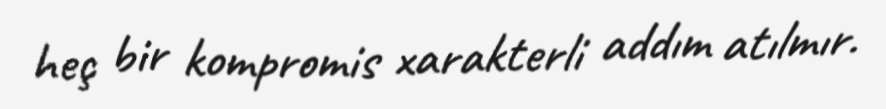
heç bir kompromis xarakterli addım atılmır.